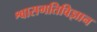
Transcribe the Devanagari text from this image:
श्वासगतिविज्ञान